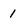
Character: 1